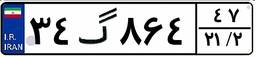
۳۴گ۸۶۴۴۷